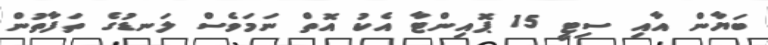
ބަޔާން އާއި ސިޓީ 15 ޕޮއިންޓާ އެކު އޮތް ނަމަވެސް ލަނޑުގެ ތަފާތުން